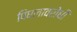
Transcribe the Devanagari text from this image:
पिघलावरोधी